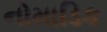
નોમાડિક